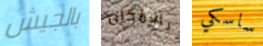
بالجيش بالإمكان ساسكي